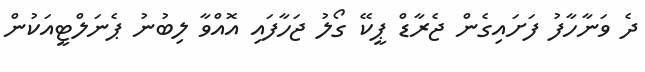
ދެ ވަނާހާފު ފަށައިގެން ޖެރާޑް ޕީކޭ ގޯލު ޖަހާފައި އޮއްވާ ލިބުނު ޕެނަލްޓީއަކުން